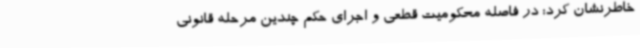
خاطرنشان کرد: در فاصله محکومیت قطعی و اجرای حکم چندین مرحله قانونی